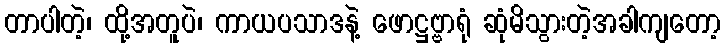
တာပါတဲ့၊ ထို့အတူပဲ၊ ကာယပသာဒနဲ့ ဖောဋ္ဌဗ္ဗာရုံ ဆုံမိသွားတဲ့အခါကျတော့